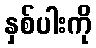
နှစ်ပါးကို